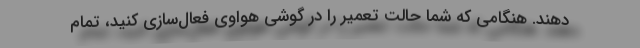
دهند. هنگامی که شما حالت تعمیر را در گوشی هواوی فعال‌سازی کنید، تمام